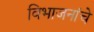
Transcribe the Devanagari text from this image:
विभाजनांचे